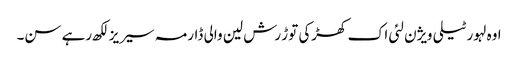
اوہ لہور ٹیلی ویژن لئی اک کھڑکی توڑ رش لین والی ڈارمہ سیریز لکھ رہے سن۔